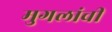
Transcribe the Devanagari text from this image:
मुगलांची